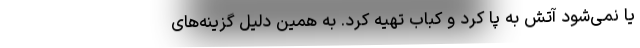
یا نمی‌شود آتش به پا کرد و کباب تهیه کرد. به همین دلیل گزینه‌های